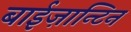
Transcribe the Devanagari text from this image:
बाईज़ान्टिन